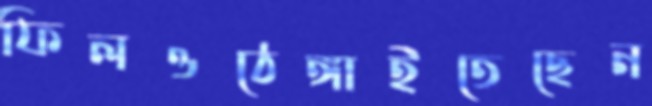
ফিলওঠেঙ্গাইতেছেন